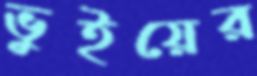
ভুইয়ের